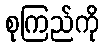
စုကြည်ကို